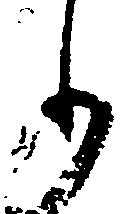
り